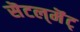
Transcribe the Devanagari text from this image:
सॆटल्‌मॆंट्